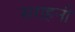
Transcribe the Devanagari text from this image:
सराहनी